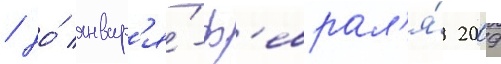
/ до́ январ'я́-ф'еврал'я́ 2009